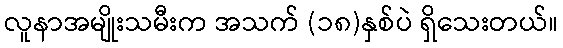
လူနာအမျိုးသမီးက အသက် (၁၈)နှစ်ပဲ ရှိသေးတယ်။